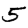
Digit: 5